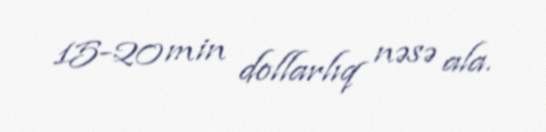
15-20 min dollarlıq nəsə ala.